Calcutta medical institutions reports 1871-78
Year: 1871
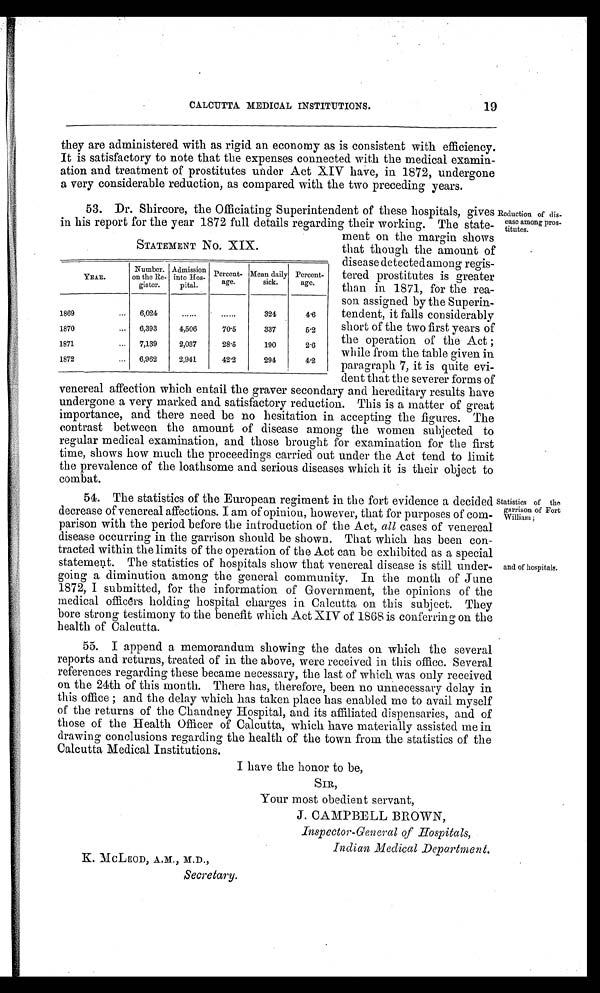
19
CALCUTTA MEDICAL INSTITUTIONS.
they are administered with as rigid an economy as is consistent with efficiency.
It is satisfactory to note that the expenses connected with the medical examin-
ation and treatment of prostitutes under Act XIV have, in 1872, undergone
a very considerable reduction, as compared with the two preceding years.
53. Dr. Shircore, the Officiating Superintendent of these hospitals, gives
in his report for the year 1872 full details regarding their working. The state-
ment on the margin shows
that though the amount of
disease detected among regis-
tered prostitutes is greater
than in 1871, for the rea-
son assigned by the Superin-
tendent, it falls considerably
short of the two first years of
the operation of the Act ;
while from the table given in
paragraph 7, it is quite evi-
dent that the severer forms of
venereal affection which entail the graver secondary and hereditary results have
undergone a very marked and satisfactory reduction. This is a matter of great
importance, and there need be no hesitation in accepting the figures. The
contrast between the amount of disease among the women subjected to
regular medical examination, and those brought for examination for the first
time, shows how much the proceedings carried out under the Act tend to limit
the prevalence of the loathsome and serious diseases which it is their object to
combat.
54. The statistics of the European regiment in the fort evidence a decided
decrease of venereal affections. I am of opinion, however, that for purposes of com-
parison with the period before the introduction of the Act, all cases of venereal
disease occurring in the garrison should be shown. That which has been con-
tracted within the limits of the operation of the Act can be exhibited as a special
statement. The statistics of hospitals show that venereal disease is still under-
going a diminution among the general community. In the month of June
1872, I submitted, for the information of Government, the opinions of the
medical officers holding hospital charges in Calcutta on this subject. They
bore strong testimony to the benefit which Act XIV of 1868 is conferring on the
health of Calcutta.
STATEMENT No. XIX.
YEAR.
Number.
on the Re
gister.
Admission
into Hos
pital.
Percent
age.
Mean daily
sick.
Percent-
age.
1869
... 6,024
...
...
324
4.6
1870
...
6,393
4,506
70.5
337
5.2
1871
... 7,139
2,037
28.5
190
2.6
1872
... 6,962
2,941
42.2
294
4.2
Reduction of dis-
ease among pros-
titutes.
Statistics of tho
garrison of Fort
William ;
and of hospitals.
55. I append a memorandum showing the dates on which the several
reports and returns, treated of in the above, were received in this office. Several
references regarding these became necessary, the last of which was only received
on the 24th of this month. There has, therefore, been no unnecessary delay in
this office ; and the delay which has taken place has enabled me to avail myself
of the returns of the Chandney Hospital, and its affiliated dispensaries, and of
those of the Health Officer of Calcutta, which have materially assisted me in
drawing conclusions regarding the health of the town from the statistics of the
Calcutta Medical Institutions.
I have the honor to be.
SIR,
Your most obedient servant,
J. CAMPBELL BROWN,
Inspector-General of Hospitals.
Indian Medical Department.
K. MCLEOD, A.M., M.D.,
Secretary.